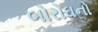
બોરોઘનો